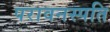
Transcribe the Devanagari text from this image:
परावनस्पति